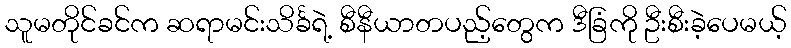
သူမတိုင်ခင်က ဆရာမင်းသိင်္ခရဲ့ စီနီယာတပည့်တွေက ဒီခြံကို ဦးစီးခဲ့ပေမယ့်